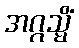
အဂ္ဂသ္မိံ